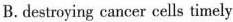
B. destroying cancer cells timely